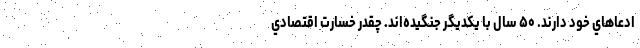
ادعاهاي خود دارند. ۵۰ سال با يكديگر جنگيده‌اند. چقدر خسارت اقتصادي